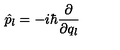
\hat { p } _ { l } = - i \hbar \frac { \partial } { \partial q _ { l } }